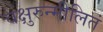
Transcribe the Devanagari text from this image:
चक्षुरुन्मीलितं